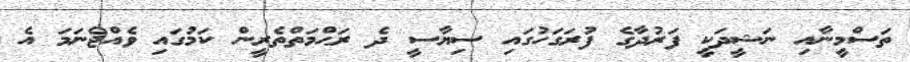
ތަސްމީނާއި ނަޝީދަކީ ފަރުދާގެ ފުރަގަހުގައި ސިޔާސީ ދެ ރަޙްމަތްތެރީން ކަމުގައި ވެއްޖެނަމަ އެ